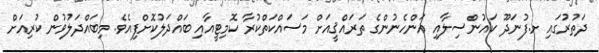
ދަތުރުގައި ށ.ފުނަދޫ ކައުންސިލާއި އަންހެނުންގެ ތަރައްޤީއަށް މަސައްކަތްކުރާ ކޮމިޓީއާއި ބައްދަލުކޮށްފިއެވެ. މިބައްދަލުވުން ކުރިއަށް